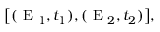
\bigl [ ( \textrm { E } _ { 1 } , t _ { 1 } ) , ( \textrm { E } _ { 2 } , t _ { 2 } ) \bigr ] ,